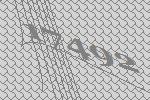
17492